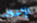
الإخلاء